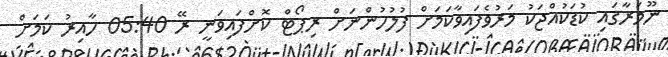
ނޫމަރާގައި ކުޑަކުއްޖަކު މަރުވެފައިވާކަމަށް ފުލުހުންނަށް ރިޕޯޓް ކޮށްފައިވަނީ ރޭ 05:40 ހާއިރު ކަމަށް